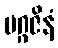
မဂ္ဂဇိနံ